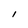
Character: I